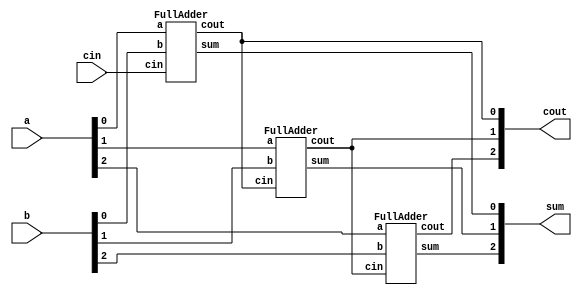
// This program was cloned from: https://github.com/Yvan-xy/verilog-doc
// License: GNU General Public License v2.0

module top_module( 
    input [2:0] a, b,
    input cin,
    output [2:0] cout,
    output [2:0] sum );
    FullAdder ins1(a[0],b[0],cin,cout[0],sum[0]);
    FullAdder ins2(a[1],b[1],cout[0],cout[1],sum[1]);
    FullAdder ins3(a[2],b[2],cout[1],cout[2],sum[2]);
endmodule

module FullAdder(
    input a, b, cin,
    output cout, sum
);
    assign {cout, sum} = a + b + cin;
endmodule